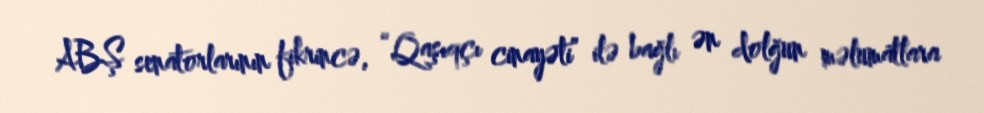
ABŞ senatorlarının fikrincə, “Qaşıqçı cinayəti” ilə bağlı ən dolğun məlumatlara